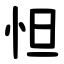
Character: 怛